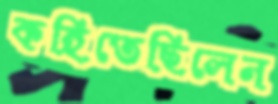
কহিতেছিলেন